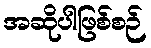
အဆိုပါဖြစ်စဉ်